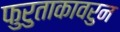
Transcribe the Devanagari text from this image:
फुरुताकावरुन